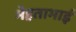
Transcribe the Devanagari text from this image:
मेहताभाई